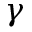
\gamma